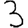
Digit: 3